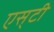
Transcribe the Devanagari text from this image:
एस्‌टी